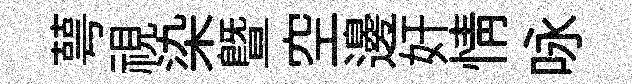
萼視染暨空邊奸情咏